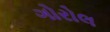
ગોરોલ